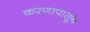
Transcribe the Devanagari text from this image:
करणापासून